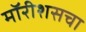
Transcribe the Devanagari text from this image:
मॉरीशसचा